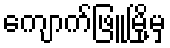
ကျောက်ဖြူမြို့မှ